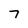
Character: 7